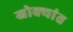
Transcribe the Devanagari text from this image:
खोक्यांत